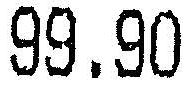
99.90